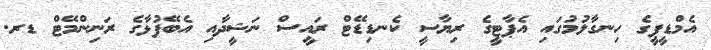
އެމްޑީޕީގެ ހިނގާލުމުގައި އެޕާޓީގެ ރިޔާސީ ކެނޑިޑޭޓް ރައީސް ނަޝީދާއި އެބޭފުޅާގެ ރަނިންމޭޓް ޑރ.